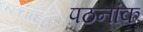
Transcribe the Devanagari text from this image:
पठनांक